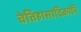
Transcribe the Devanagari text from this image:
चेतिहासादिकानि